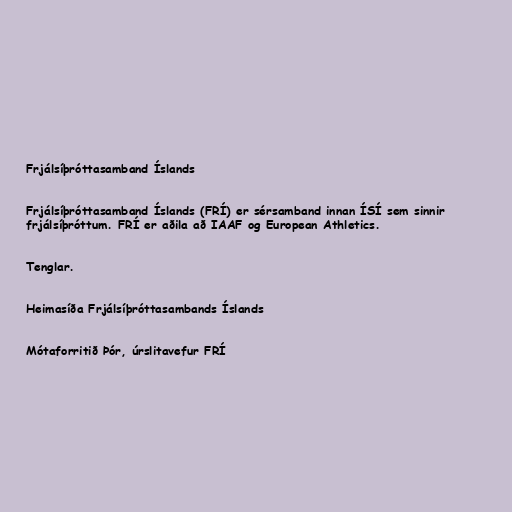
Frjálsíþróttasamband Íslands

Frjálsíþróttasamband Íslands (FRÍ) er sérsamband innan ÍSÍ sem sinnir
frjálsíþróttum. FRÍ er aðila að IAAF og European Athletics.

Tenglar.

Heimasíða Frjálsíþróttasambands Íslands

Mótaforritið Þór, úrslitavefur FRÍ